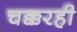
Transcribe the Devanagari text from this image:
चक्करही